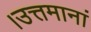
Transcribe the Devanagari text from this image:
।उत्तमानां